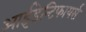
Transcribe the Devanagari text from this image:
आईडेन्टिफायर्स